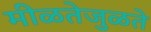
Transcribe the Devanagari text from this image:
मीळतेजुळते